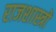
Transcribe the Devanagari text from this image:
राजशास्त्रों